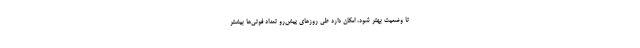
تا وضعیت بهتر شود، امکان دارد طی روزهای پیشِ‌رو تعداد فوتی‌ها بیشتر